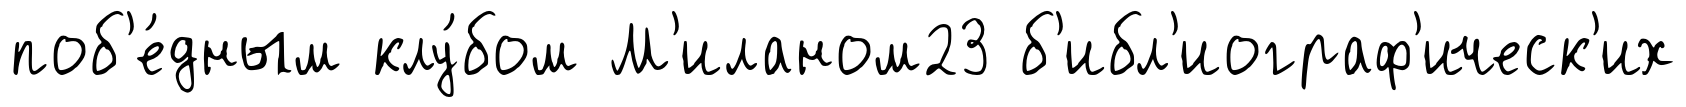
поб'е́дным клу́бом М'иланом23 б'ибл'иограф'ическ'их